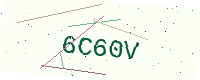
Text: 6C60V